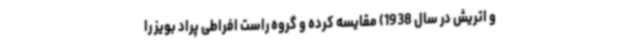
و اتریش در سال 1938) مقایسه کرده و گروه‌ راست افراطی پراد بویز را